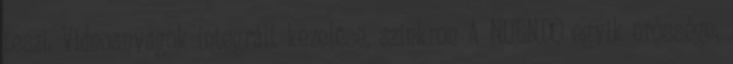
teszi. Videoanyagok integrált kezelése, szinkron A NUENDO egyik erôssége,